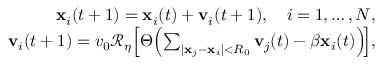
\begin{array} { r l r } & { } & { \mathbf { x } _ { i } ( t + 1 ) = \mathbf { x } _ { i } ( t ) + \mathbf { v } _ { i } ( t + 1 ) , \quad i = 1 , \ldots , N , } \\ & { } & { \mathbf { v } _ { i } ( t + 1 ) = v _ { 0 } \mathcal { R } _ { \eta } \! \left[ \Theta \! \left( \sum _ { | \mathbf { x } _ { j } - \mathbf { x } _ { i } | < R _ { 0 } } \mathbf { v } _ { j } ( t ) - \beta \mathbf { x } _ { i } ( t ) \right) \! \right] \! , } \end{array}